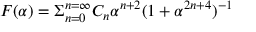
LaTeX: F ( \alpha ) = \Sigma _ { n = 0 } ^ { n = \infty } C _ { n } \alpha ^ { n + 2 } ( 1 + \alpha ^ { 2 n + 4 } ) ^ { - 1 }